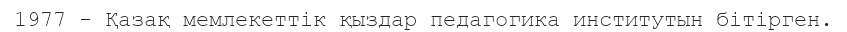
1977 - Қазақ мемлекеттік қыздар педагогика институтын бітірген.